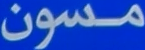
مدسون